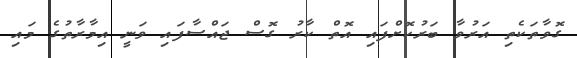
ގޮވާތަކެތި އަރުވާ ބަރުކޮށްފައި އޮތް ކާރު ގޮސް ޖައްސާފައި ވަނީ އިމާރާތުގެ މައި